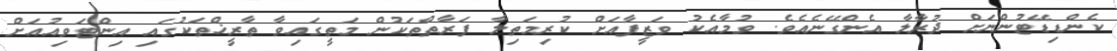
ކެންޑިޑޭޓުންނަށް ދުރާލާ އެންގޭނެއެވެ. ވުމާއެކު ވަޒީފާއަށް ކުރިމަތިލާ ފަރާތްތަކުން މަތީގައިވާ ތާރީޚްތަކުގައި އިންޓަވިއުއަށް